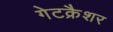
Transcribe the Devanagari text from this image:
गेटक्रैशर